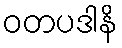
ဝတပဒါနိ